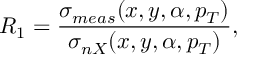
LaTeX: { R _ { 1 } } = { \frac { \sigma _ { m e a s } ( x , y , \alpha , p _ { T } ) } { \sigma _ { n X } ( x , y , \alpha , p _ { T } ) } } ,